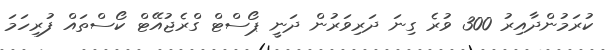
ކުރަމުންދާއިރު 300 ވުރެ ގިނަ ދަރިވަރުން ދަނީ ޕޯސްޓް ގްރެޖުއޭޓް ކޯސްތައް ފުރިހަމަ